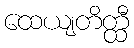
ထေယျတိတ္ထီ